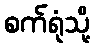
စက်ရုံသို့